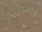
જામિનગીરી